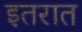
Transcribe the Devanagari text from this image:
इतरात